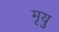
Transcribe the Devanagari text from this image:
मृयु